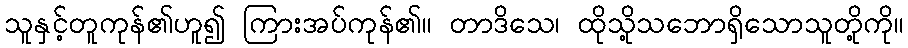
သူနှင့်တူကုန်၏ဟူ၍ ကြားအပ်ကုန်၏။ တာဒိသေ၊ ထိုသို့သဘောရှိသောသူတို့ကို။